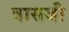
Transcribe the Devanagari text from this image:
त्रासजी